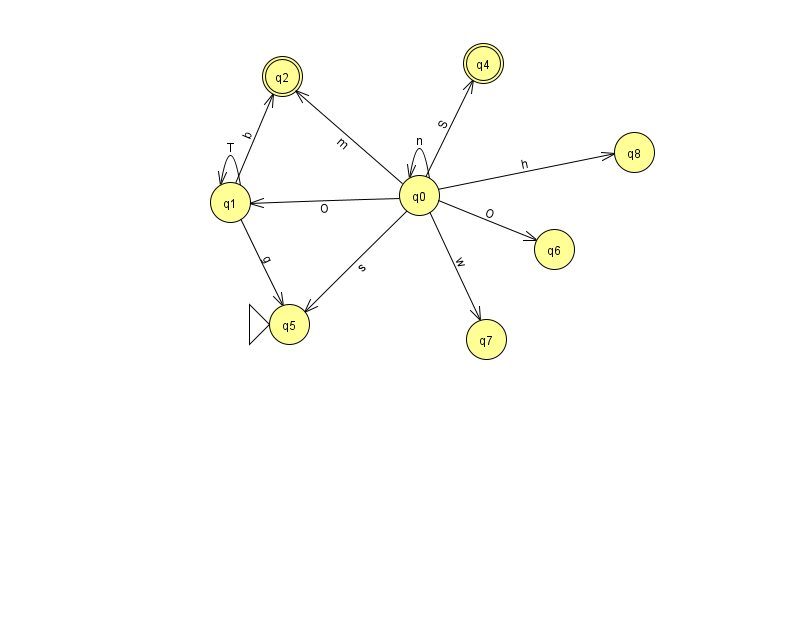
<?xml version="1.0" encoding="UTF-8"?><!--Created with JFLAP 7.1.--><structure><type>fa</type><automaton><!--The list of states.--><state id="0" name="q0"><x>419.0</x><y>182.0</y></state><state id="1" name="q1"><x>230.0</x><y>189.0</y></state><state id="2" name="q2"><x>282.0</x><y>63.0</y><final/></state><state id="4" name="q4"><x>483.0</x><y>50.0</y><final/></state><state id="5" name="q5"><x>289.0</x><y>311.0</y><initial/></state><state id="6" name="q6"><x>554.0</x><y>236.0</y></state><state id="7" name="q7"><x>486.0</x><y>326.0</y></state><state id="8" name="q8"><x>634.0</x><y>139.0</y></state><!--The list of transitions.--><transition><from>0</from><to>1</to><read>O</read></transition><transition><from>0</from><to>8</to><read>h</read></transition><transition><from>1</from><to>2</to><read>b</read></transition><transition><from>0</from><to>2</to><read>m</read></transition><transition><from>0</from><to>6</to><read>O</read></transition><transition><from>0</from><to>7</to><read>w</read></transition><transition><from>1</from><to>5</to><read>g</read></transition><transition><from>1</from><to>1</to><read>T</read></transition><transition><from>0</from><to>4</to><read>S</read></transition><transition><from>0</from><to>5</to><read>s</read></transition><transition><from>0</from><to>0</to><read>n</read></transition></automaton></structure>